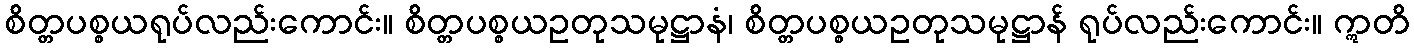
စိတ္တပစ္စယရုပ်လည်းကောင်း။ စိတ္တပစ္စယဥတုသမုဋ္ဌာနံ၊ စိတ္တပစ္စယဥတုသမုဋ္ဌာန် ရုပ်လည်းကောင်း။ ဣတိ